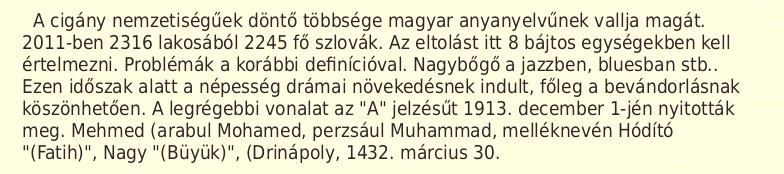
A cigány nemzetiségűek döntő többsége magyar anyanyelvűnek vallja magát. 2011-ben 2316 lakosából 2245 fő szlovák. Az eltolást itt 8 bájtos egységekben kell értelmezni. Problémák a korábbi definícióval. Nagybőgő a jazzben, bluesban stb.. Ezen időszak alatt a népesség drámai növekedésnek indult, főleg a bevándorlásnak köszönhetően. A legrégebbi vonalat az "A" jelzésűt 1913. december 1-jén nyitották meg. Mehmed (arabul Mohamed, perzsául Muhammad, melléknevén Hódító "(Fatih)", Nagy "(Büyük)", (Drinápoly, 1432. március 30.